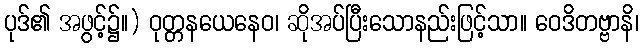
ပုဒ်၏ အဖွင့်၌။) ဝုတ္တနယေနေဝ၊ ဆိုအပ်ပြီးသောနည်းဖြင့်သာ။ ဝေဒိတဗ္ဗာနိ၊